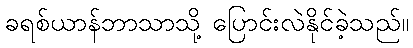
ခရစ်ယာန်ဘာသာသို့ ပြောင်းလဲနိုင်ခဲ့သည်။